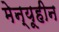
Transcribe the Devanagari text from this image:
मेन्यूहीन